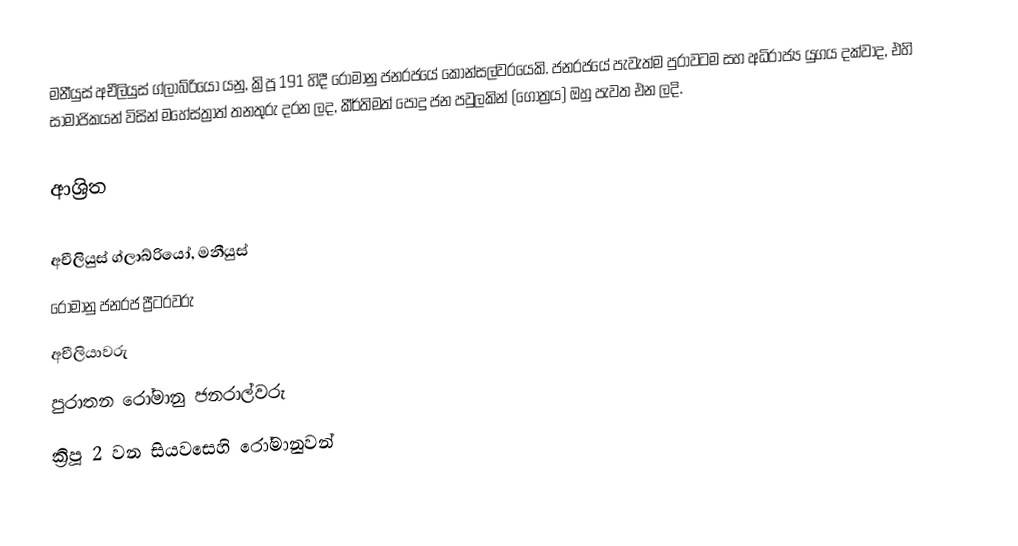
මනීයුස් අචීලියුස් ග්ලාබ්රියෝ යනු, ක්‍රිපූ 191 හිදී රෝමානු ජනරජයේ කොන්සල්වරයෙකි.  ජනරජයේ පැවැත්ම පුරාවටම සහ  අධිරාජ්‍ය යුගය දක්වාද, එහි සාමාජිකයන් විසින් මහේස්ත්‍රාත් තනතුරු දරන ලද, කීර්තිමත්  පොදු ජන පවුලකින් (ගෝත්‍රය) ඔහු පැවත එන ලදි.

ආශ්‍රිත

අචීලියුස් ග්ලාබ්රියෝ, මනීයුස්
රෝමානු ජනරජ ප්‍රීටරවරු
අචීලියාවරු
පුරාතන රෝමානු ජනරාල්වරු
ක්‍රිපූ 2 වන සියවසෙහි රෝමානුවන්